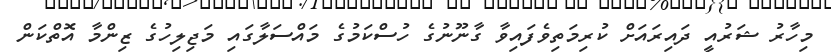
މިހާރު ޝަރުއީ ދައިރައަށް ކުރިމަތިވެފައިވާ ގާނޫނުގެ ހުސްކަމުގެ މައްސަލާގައި މަޖިލިހުގެ ޒިންމާ އޮތްކަން